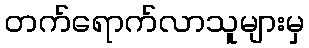
တက်ရောက်လာသူများမှ